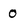
Character: 0